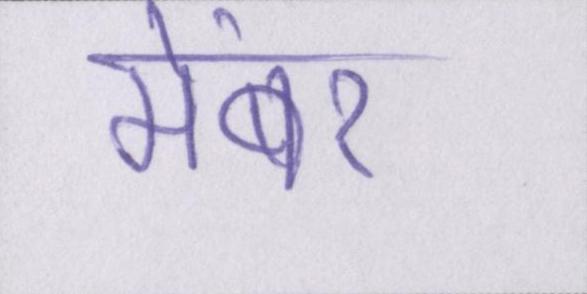
मेंबर